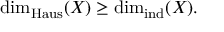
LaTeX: \dim _ { \mathrm { H a u s } } ( X ) \geq \dim _ { \operatorname { i n d } } ( X ) .